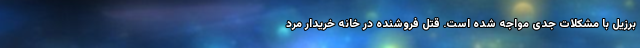
برزیل با مشکلات جدی مواجه شده است. قتل فروشنده در خانه خریدار مرد